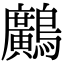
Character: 𪇵